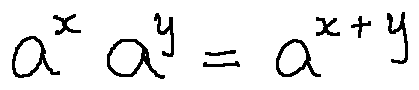
a ^ { x } a ^ { y } = a ^ { x + y }